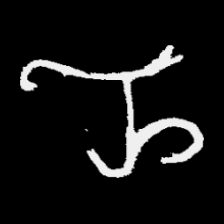
Pyu character \u2014 Myanmar letter: ည (romanized: nya)